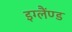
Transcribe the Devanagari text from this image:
इग्लैंण्ड